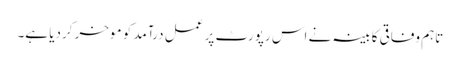
تاہم وفاقی کابینہ نے اس رپورٹ پر عمل درآمد کو موخر کردیا ہے۔